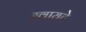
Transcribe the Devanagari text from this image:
ब्वायटे